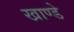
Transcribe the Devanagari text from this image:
खाण्डे